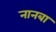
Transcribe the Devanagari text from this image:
नानबा